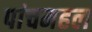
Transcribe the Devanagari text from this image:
पांचमहल